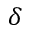
\delta